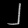
Digit: ၂